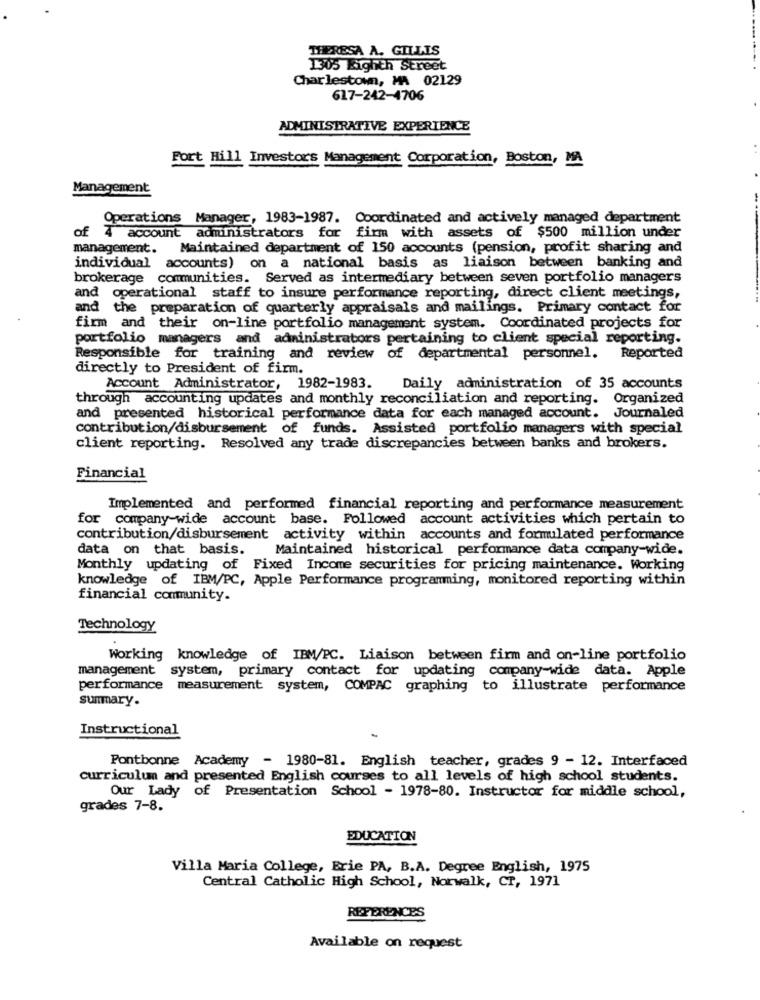
THERESA A. GILLIS
1305 Eighth Street
Charlestown, MA 02129
617-242-4706
ADMINISTRATIVE EXPERIENCE
Fort Hill Investors Management Corporation, Boston, MA
Management
Operations Manager, 1983-1987. Coordinated and actively managed department
of
4 account administrators for firm with assets of $500 million under
management.
Maintained department of 150 accounts (pension, profit sharing and
individual accounts) on a national basis as liaison between banking and
brokerage communities. Served as intermediary between seven portfolio managers
and operational staff to insure performance reporting, direct client meetings,
and the preparation of quarterly appraisals and mailings. Primary contact for
firm and their on-line portfolio management system. Coordinated projects for
portfolio managers and administrators pertaining to client special reporting.
Responsible for training and review of departmental personnel. Reported
directly to President of firm.
Account Administrator, 1982-1983.
Daily administration of 35 accounts
through accounting updates and monthly reconciliation and reporting. Organized
and presented historical performance data for each managed account. Journaled
contribution/disbursement of funds. Assisted portfolio managers with special
client reporting. Resolved any trade discrepancies between banks and brokers.
Financial
Implemented and performed financial reporting and performance measurement
for company-wide account base. Followed account activities which pertain to
contribution/disbursement activity within accounts and formulated performance
data on that basis.
Maintained historical performance data company-wide.
Monthly updating of Fixed Income securities for pricing maintenance. Working
knowledge of IBM/PC, Apple Performance programming, monitored reporting within
financial community.
Technology
Working knowledge of IBM/PC. Liaison between firm and on-line portfolio
management system, primary contact for updating company-wide data. Apple
performance measurement system, COMPAC graphing to illustrate performance
summary.
Instructional
Pontbonne Academy - 1980-81. English teacher, grades 9 - 12. Interfaced
curriculum and presented English courses to all levels of high school students.
Our Lady of Presentation School - 1978-80. Instructor for middle school,
grades 7-8.
EDUCATION
Villa Maria College, Erie PA, B.A. Degree English, 1975
Central Catholic High School, Norwalk, CT, 1971
REFERENCES
Available on request